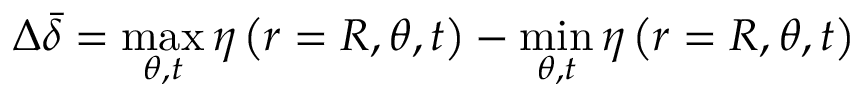
\Delta \bar { \delta } = \operatorname* { m a x } _ { \theta , t } \eta \left( r = R , \theta , t \right) - \operatorname* { m i n } _ { \theta , t } \eta \left( r = R , \theta , t \right)